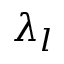
\lambda _ { l }